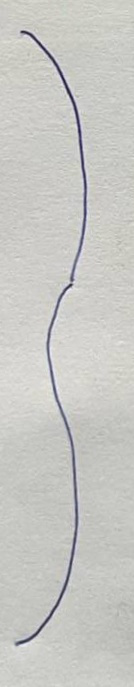
}